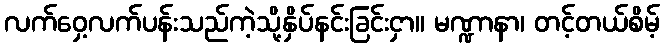
လက်ဝှေ့လက်ပန်းသည်ကဲ့သို့နှိပ်နင်းခြင်းငှာ။ မဏ္ဍာနာ၊ တင့်တယ်စိမ့်